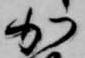
加